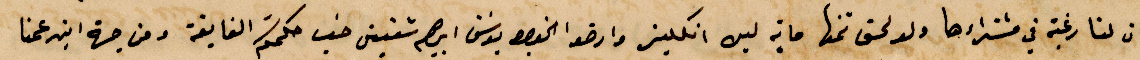
ان لتاريخه في مشتراءها ولو لحق ثمنها ماسة ليره انكليز وارضو الخوري يوسف إبراهيم شقيق حسب حكمتكم الفايقة ومن هجة ابن عمنا